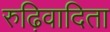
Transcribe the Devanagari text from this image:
रुढ़िवादिता